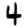
Digit: 4